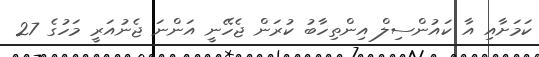
ކަމަށާއި އާ ކައުންސިލް އިންތިހާބު ކުރަން ޖެހޭނީ އަންނަ ޖެނުއަރީ މަހުގެ 27